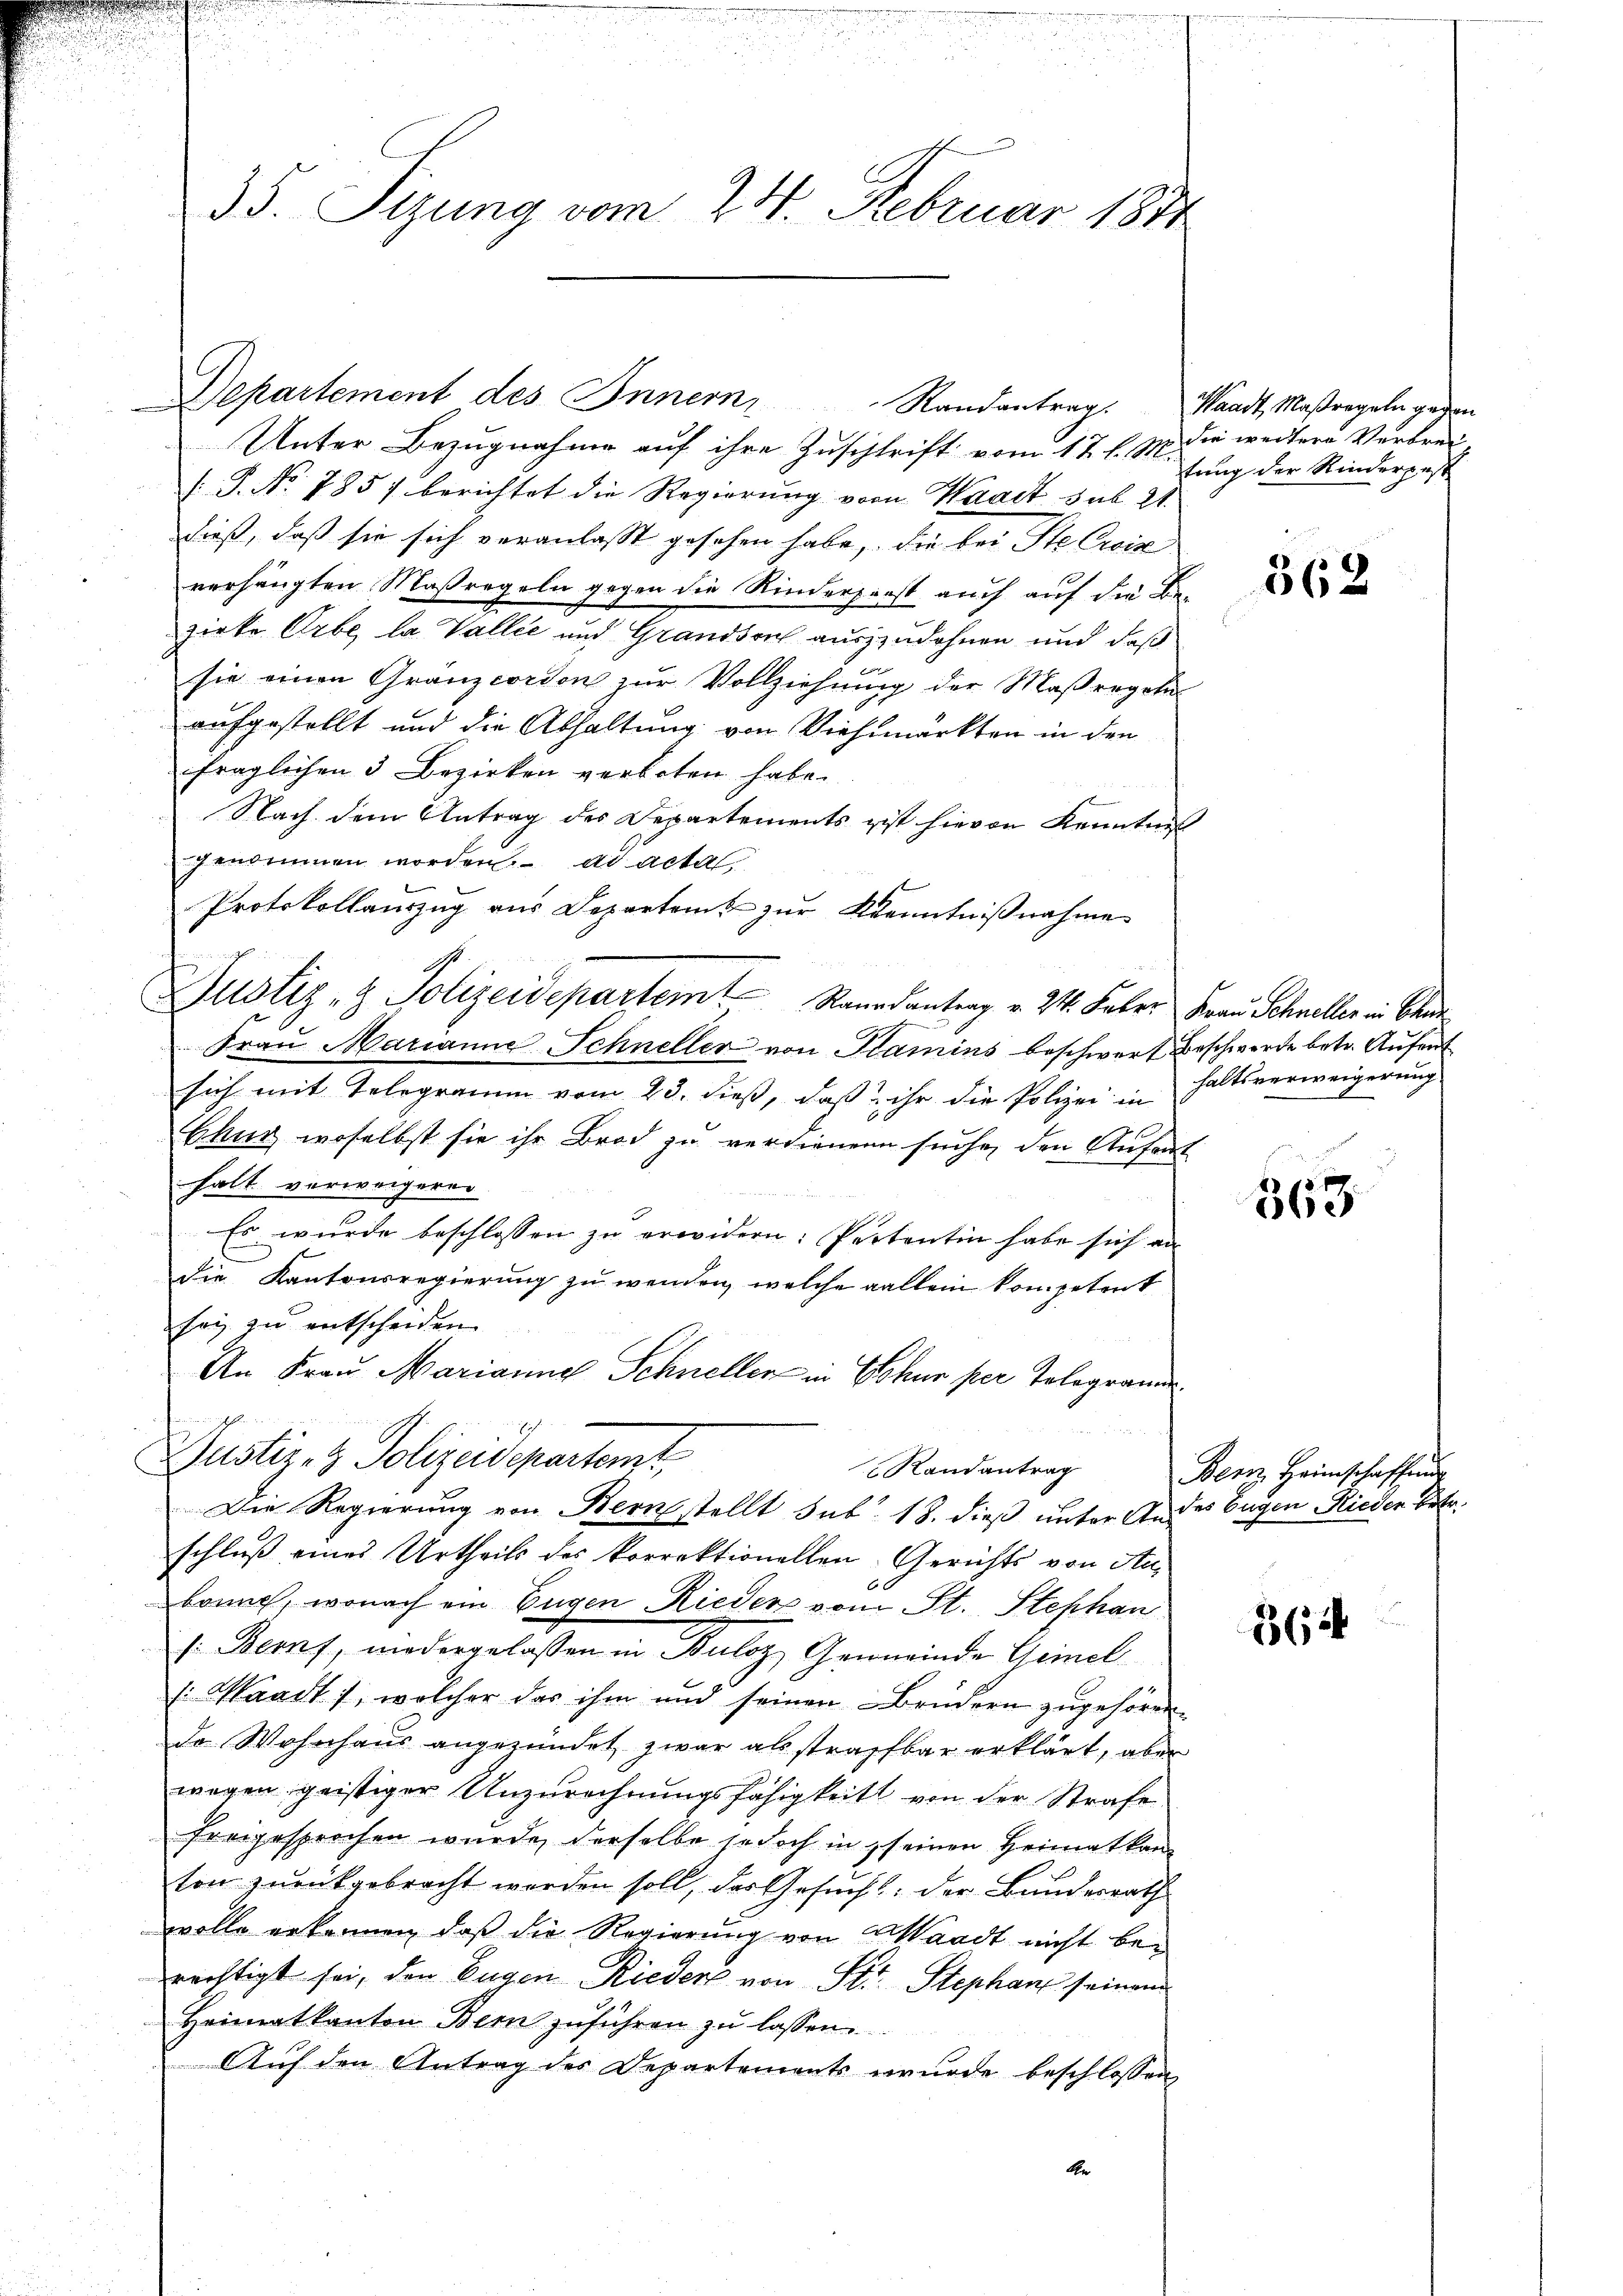
Unter Bezugnahme auf ihre Zuschrift vom 17. l. M.
(P. Nr. 785) berichtet die Regierung vom Waadt sub. 21.
dieß, daß sie sich veranlasst gesehen habe, die bei Ste Ewig
verhängten Maßregeln gegen die Kinderprest auch auf die Bezirke Erbe, la Vallee und Grandson auszzudohnen und daß
sie einen Gränzcorton zur Vollziehung der Maßregelu
aufgestellt und die Abhaltung von Viehmarkten in den
fraglichen 3 Bezirken verboten habe.
Nach dem Antrag des Departements ist hievon Kenntniß
ggenommen worden. ad acta,
Protokollanzug aus Departent zur Kenntnißnahme
t
Justiz- & Polizeidepartem Raurantrag v. 24. Feber Frau Schneller in Blun
Fraŭ Marianne Schneller von Stamins beschwert Beschwerde betr. Aufent
sich mit Telegramm vom 23. dieß, daß ihr die Polizei in
Chug woselbst sie ihr Brod zu verdienen suche, den Aufent
halt verweigeren
Es wurde beschlossen zu erwidern: Partentin habe sich an
die Kantonsregierung zu wenden, welche allein kompetent
sei zu entscheiden.
An Frau Marianne Schneller in Chur per Telegramie
Justiz- & Polizeidepartemt
Randantrag
Die Regierung von Bernstellt sub. 18. dieß unter Andes Eugen Rieder Betr.
schluß eines Urtheils des korrektionellen Gerichts von Anbonne, wonach ein Eugen Rieder vom St. Stephan
s: Bernf, niedergelassen in Buloz, Gemeinde Gemnel
: Waadt, welcher das ihm und seinen Brüdern zugehören.
do Wohnhaus angezündet zwar als straffbar erklärt, aber
wegen geistiger Unzurechnungsfähigkeit von der Strafe
freigesprochen wurde, derselbe jedoch in seinen Heimatkan
ton zurückgebracht worden soll, das Gesucht: der Bundesrath
wolle erkennen, daß die Regierung von Waadt nicht berächtigt sei, den Eugen Rieder von Str. Stephan seinem
Heimatkanton Bern zuführen zu lassen.
Auf den Antrag des Departements wurde beschlossen
An

35. Sizung vom 24. Februar 1891

Departement des Innern Randantrag.

Waadt, Maßregeln gegen
die weitere Verbreitung der Kinderpest

562

haltsverweigerung

1
e

Bern Heimschaffung

6